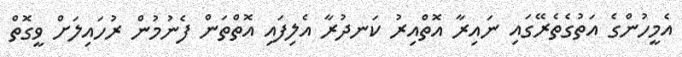
އެމީހުންގެ އަތުގެތެރޭގައި ނައިރާ އޮތްއިރު ކަނދުރާ އެލިފައި އޮތްތަން ފެނުމުން ރުހައިލަށް ވީގޮތް